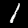
Digit: 1